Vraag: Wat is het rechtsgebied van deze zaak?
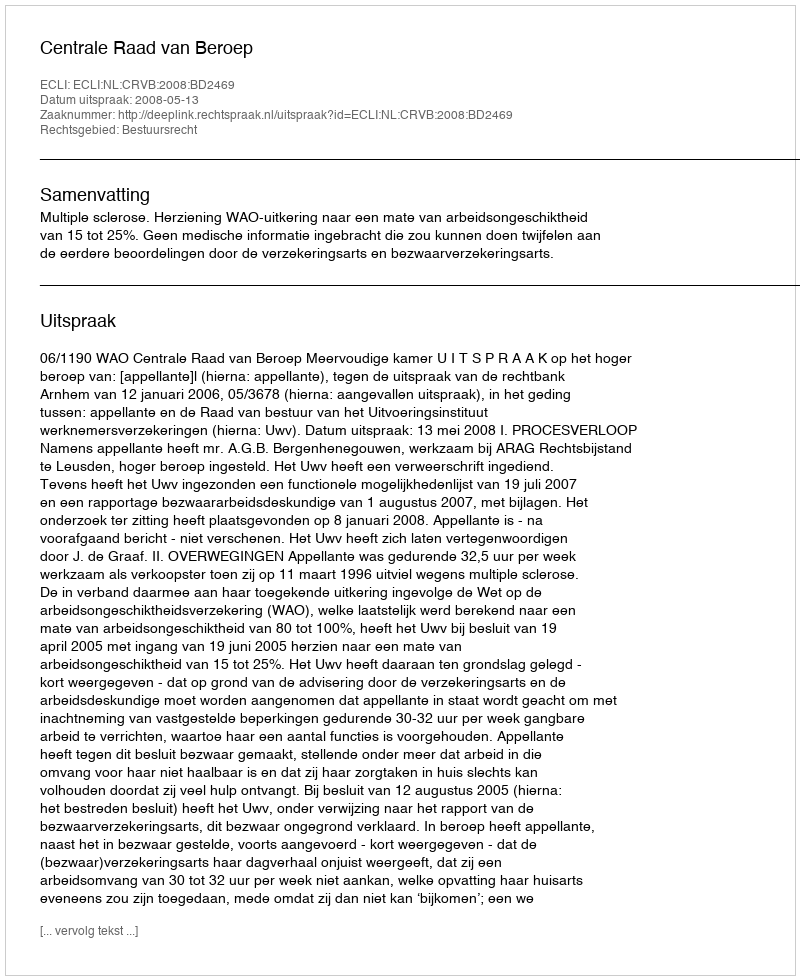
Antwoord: Bestuursrecht